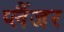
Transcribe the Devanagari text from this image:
प्लैंजर